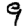
Digit: 9